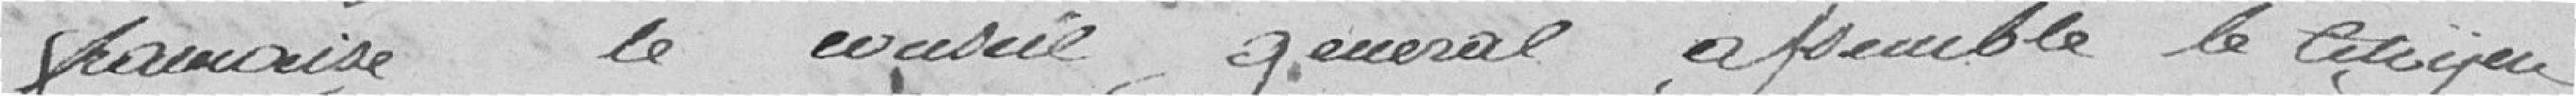
française le conseil général assemblé le citoyen